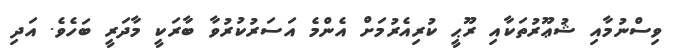
ވިސްނުމާއި ޝުޢޫރުތަކާއި ރޫޙީ ކުރިއެރުމަށް އެންމެ އަސަރުކުރުވާ ބާރަކީ މާދަރީ ބަހެވެ. އަދި